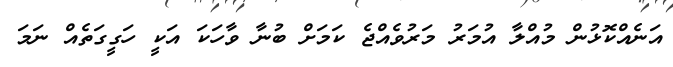
އަނެއްކޮޅުން މުއްލާ އުމަރު މަރުވެއްޖެ ކަމަށް ބުނާ ވާހަކަ އަކީ ހަގީގަތެއް ނަމަ